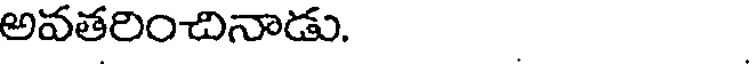
అవతరించినాడు.